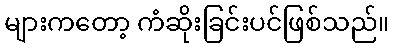
များကတော့ ကံဆိုးခြင်းပင်ဖြစ်သည်။